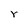
Character: r